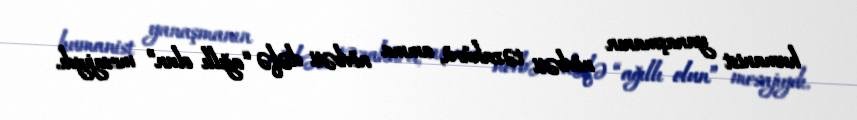
humanist yanaşmanın növbəti təzahürü, amma növbəti dəfə “ağıllı olun” mesajıydı.